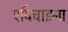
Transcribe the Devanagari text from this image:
एविचाइना